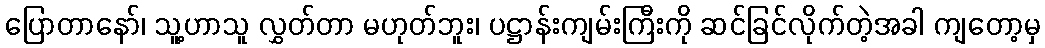
ပြောတာနော်၊ သူ့ဟာသူ လွှတ်တာ မဟုတ်ဘူး၊ ပဋ္ဌာန်းကျမ်းကြီးကို ဆင်ခြင်လိုက်တဲ့အခါ ကျတော့မှ